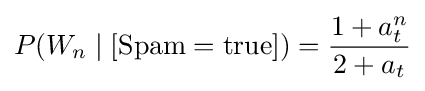
P(W_{n}\mid [{\text{Spam}}={\text{true}}])={\frac {1+a_{t}^{n}}{2+a_{t}}}